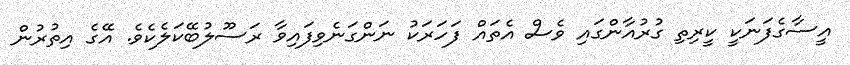
އީސާގެފަނަކީ ކީރިތި ގުރުއާންގައި ވެސް އެތައް ފަހަރަކު ނަންގަނެވިފައިވާ ރަސޫލުބޭކަލެކެވެ. އޭގެ އިތުރުން